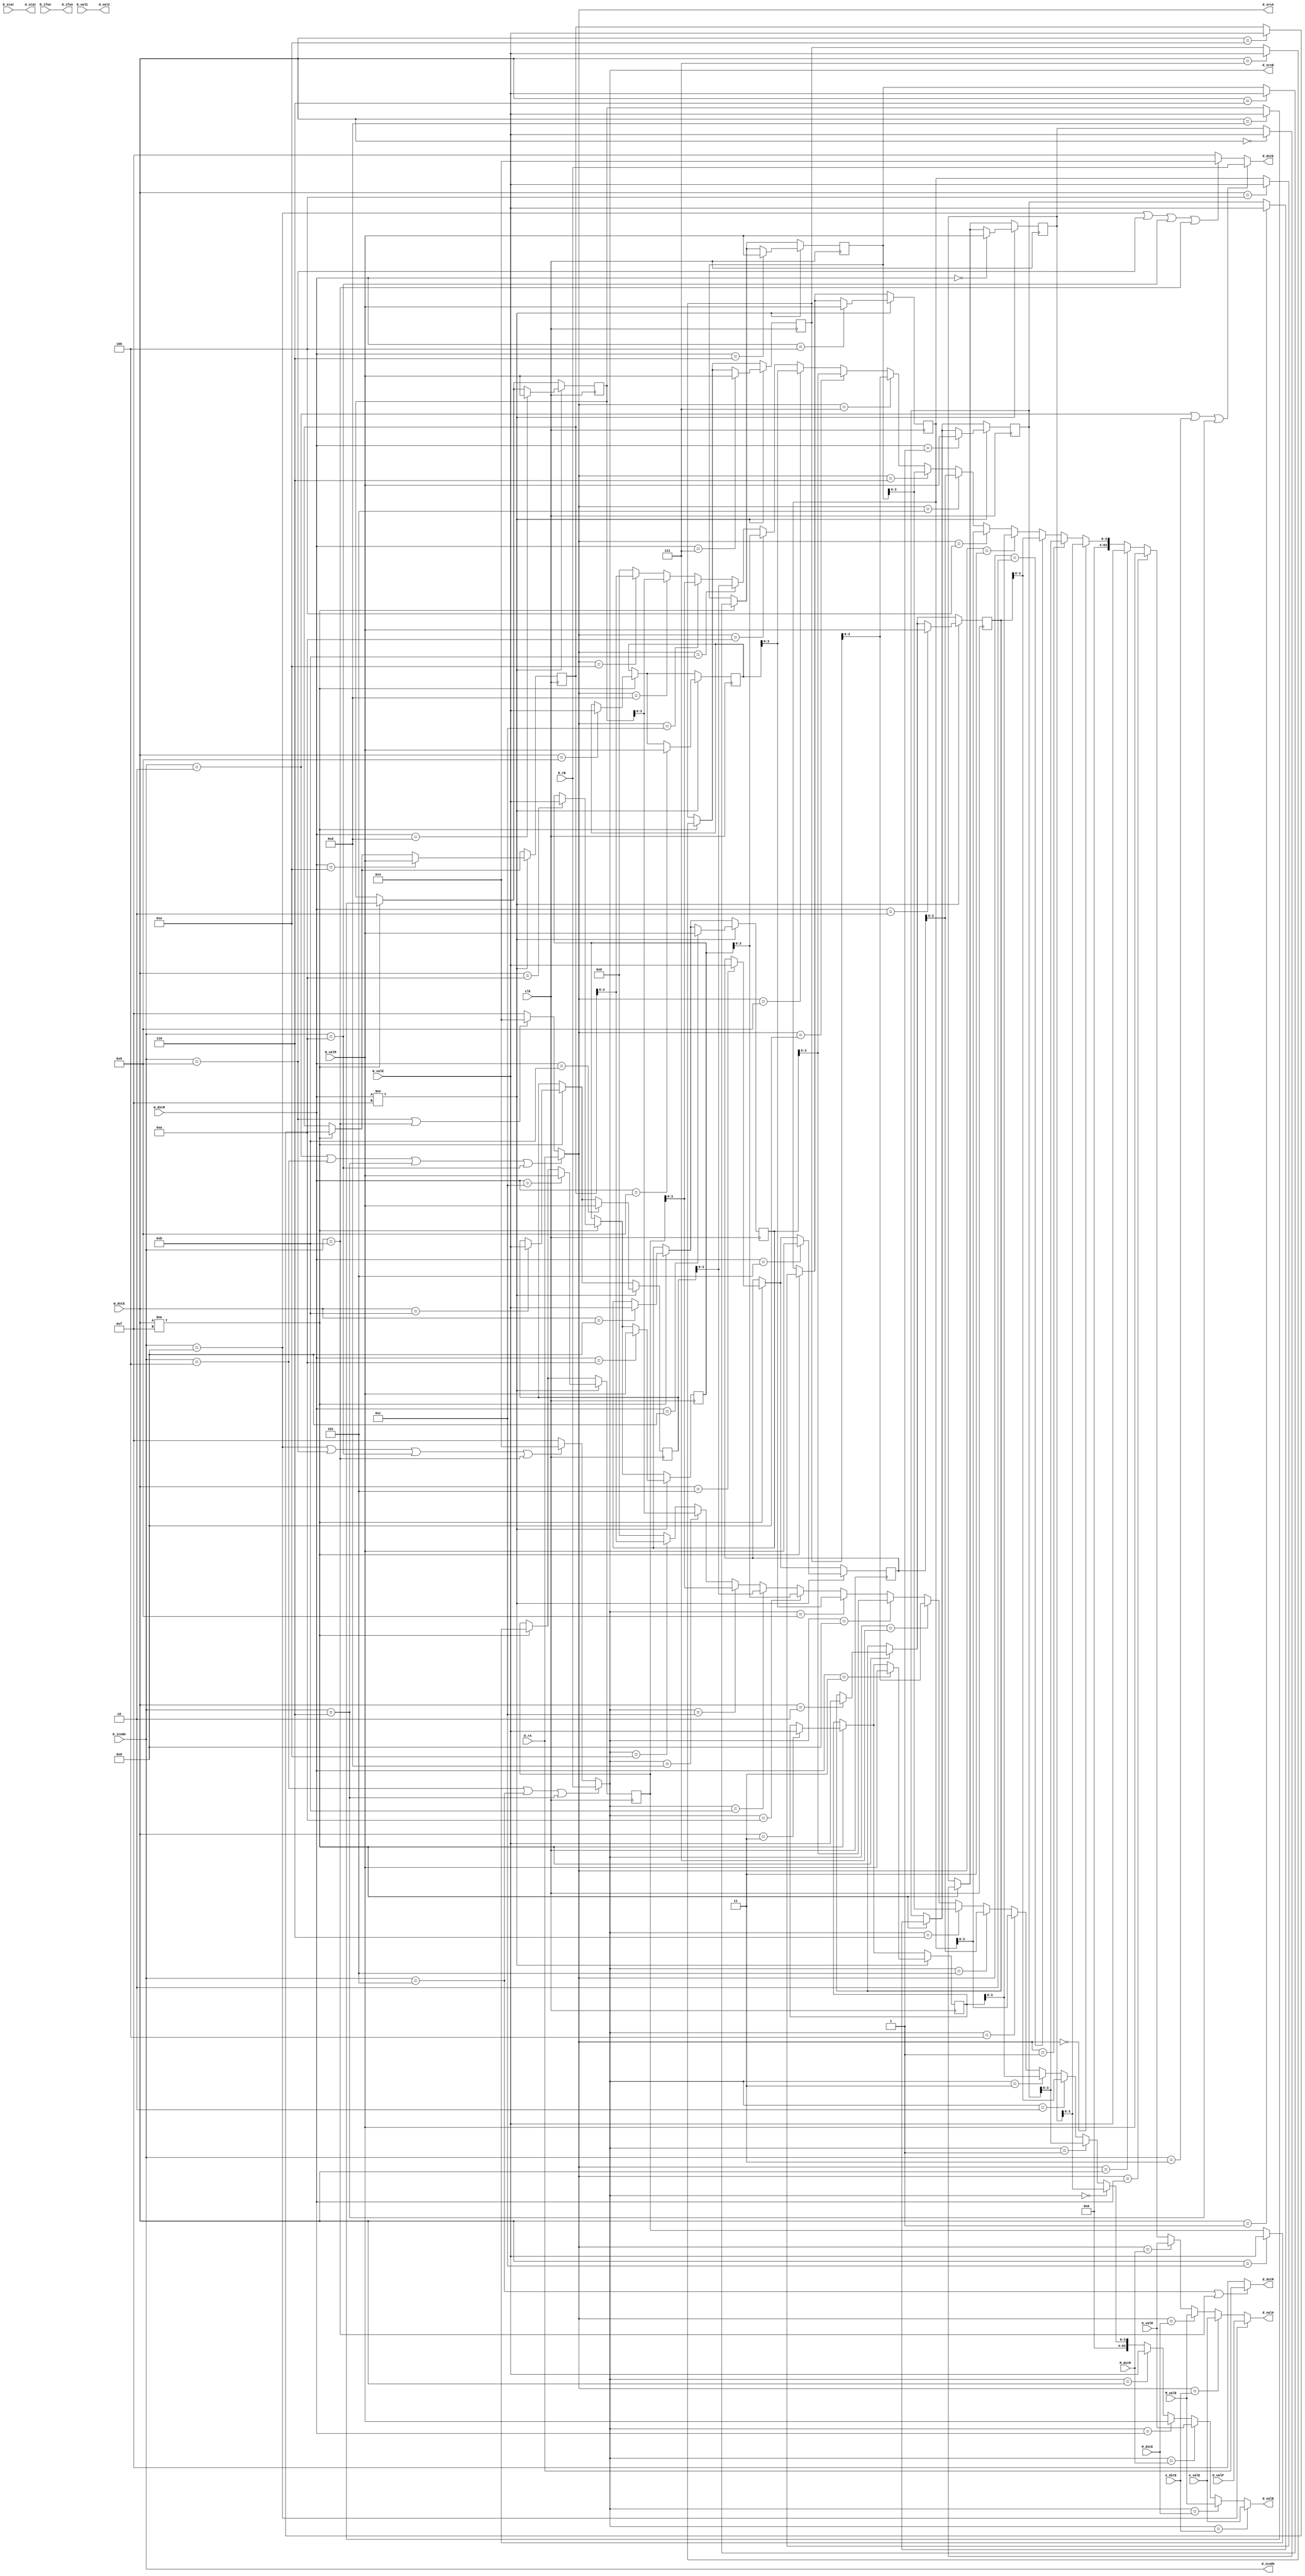
module Decode_WriteBack_Pipe(d_stat,d_icode,d_ifun,d_valC,d_valA,d_valB,d_dstE,d_dstM,d_srcA,d_srcB,
D_stat,D_icode,D_ifun,D_rA,D_rB,D_valC,D_valP,
W_valE,W_dstE,W_valM,W_dstM,
m_valM,M_dstM,M_valE,M_dstE,
e_valE,e_dstE,clk);

input [3:0] e_dstE;
input [63:0] e_valE;
input [3:0] M_dstM,M_dstE;
input [63:0] m_valM,M_valE;
input [3:0] W_dstE,W_dstM;
input [63:0] W_valE,W_valM;
input [3:0] D_stat;
input [3:0] D_icode,D_ifun;
input [3:0] D_rA,D_rB;
input [63:0] D_valC,D_valP;
input clk;

output wire [3:0] d_stat;
output wire [3:0] d_icode,d_ifun;
output wire [63:0] d_valC,d_valA,d_valB;
output wire [3:0] d_dstE,d_dstM,d_srcA,d_srcB;

wire [3:0] d_rvalA,d_rvalB;

reg [63:0]rax,rcx,rdx,rbx,rsp,rbp,rsi,rdi,r8,r9,r10,r11,r12,r13,r14;
wire [3:0] d_rA,d_rB;
wire [63:0] d_valP;
/////////////// TO BE REMOVED     USE irmovq to put values in it
// check STAT
initial 
begin
rax=64'h0;
rcx=64'h1;
rdx=64'h2;
rbx=64'h3;
rsp=64'h4;
rbp=64'h5;
rsi=64'h6;
rdi=64'h7;
r8 =64'h8;
r9 =64'h9;
r10=64'ha;
r11=64'hb;
r12=64'hc;
r13=64'hd;
r14=64'he;
end
/////////////////
assign d_stat = D_stat;
assign d_icode = D_icode;
assign d_ifun = D_ifun;
assign d_rA = D_rA;
assign d_rB = D_rB;
assign d_valC = D_valC;
assign d_valP = D_valP;

assign d_srcA = (d_icode==4'd2 | d_icode==4'd4 | d_icode==4'd6 | d_icode==4'ha) ? d_rA : (d_icode==4'h9 | d_icode==4'hb) ? 4'h4 : 4'hf;
assign d_srcB = (d_icode==4'h4 | d_icode==4'h5 | d_icode==4'h6) ? d_rB : (d_icode==4'd8 | d_icode==4'd9 | d_icode==4'd10 | d_icode==4'd11) ? 4'h4 : 4'hf;

assign d_rvalA = (d_srcA==0)?rax:(d_srcA==1)?rcx:(d_srcA==2)?rdx:(d_srcA==3)?rbx:(d_srcA==4)?rsp:(d_srcA==5)?rbp:(d_srcA==6)?rsi:(d_srcA==7)?rdi:(d_srcA==8)?r8:(d_srcA==9)?r9:(d_srcA==10)?r10:(d_srcA==11)?r11:(d_srcA==12)?r12:(d_srcA==13)?r13:(d_srcA==14)?r14:64'h0;
assign d_rvalB = (d_srcB==0)?rax:(d_srcB==1)?rcx:(d_srcB==2)?rdx:(d_srcB==3)?rbx:(d_srcB==4)?rsp:(d_srcB==5)?rbp:(d_srcB==6)?rsi:(d_srcB==7)?rdi:(d_srcB==8)?r8:(d_srcB==9)?r9:(d_srcB==10)?r10:(d_srcB==11)?r11:(d_srcB==12)?r12:(d_srcB==13)?r13:(d_srcB==14)?r14:64'h0;

//Forwarding
assign d_valA = (d_icode==4'h8)?d_valP:(d_srcA==e_dstE)?e_valE:(d_srcA==M_dstE)?M_valE:(d_srcA==M_dstM)?m_valM:(d_srcA==W_dstM)?W_valM:(d_srcA==W_dstE)?W_valE:d_rvalA;
assign d_valB = (d_srcB==e_dstE)?e_valE:(d_srcB==M_dstE)?M_valE:(d_srcB==M_dstM)?m_valM:(d_srcB==W_dstM)?W_valM:(d_srcB==W_dstE)?W_valE:d_rvalB;
////

assign d_dstE = (d_icode==4'h2 ||d_icode==4'h3 ||d_icode==4'h6) ? d_rB :(d_icode==4'h8 ||d_icode==4'h9 ||d_icode==4'ha ||d_icode==4'hb) ? 4'h4 : 4'hf;
assign d_dstM = (d_icode==4'h5 ||d_icode==4'hb) ? d_rA:4'hf;

always @(negedge clk)
begin
    
    if(W_dstE != 4'hf)
    begin
    case(W_dstE)
    4'h0 : rax<= W_valE;
    4'h1 : rcx<= W_valE;
    4'h2 : rdx<= W_valE;
    4'h3 : rbx<= W_valE;
    4'h4 : rsp<= W_valE;
    4'h5 : rbp<= W_valE;
    4'h6 : rsi<= W_valE;
    4'h7 : rdi<= W_valE;
    4'h8 : r8 <= W_valE;
    4'h9 : r9 <= W_valE;
    4'ha : r10<= W_valE;
    4'hb : r11<= W_valE;
    4'hc : r12<= W_valE;
    4'hd : r13<= W_valE;
    4'he : r14<= W_valE;
    endcase
    end

    if(W_dstM != 4'hf)
    begin
    case(W_dstM)
    4'h0 : rax<=W_valM;
    4'h1 : rcx<=W_valM;
    4'h2 : rdx<=W_valM;
    4'h3 : rbx<=W_valM;
    4'h4 : rsp<=W_valM;
    4'h5 : rbp<=W_valM;
    4'h6 : rsi<=W_valM;
    4'h7 : rdi<=W_valM;
    4'h8 : r8 <=W_valM;
    4'h9 : r9 <=W_valM;
    4'ha : r10<=W_valM;
    4'hb : r11<=W_valM;
    4'hc : r12<=W_valM;
    4'hd : r13<=W_valM;
    4'he : r14<=W_valM;
    endcase
    end
end

endmodule